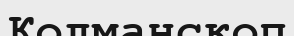
Колманскоп